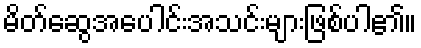
မိတ်ဆွေအပေါင်းအသင်းများဖြစ်ပါ၏။